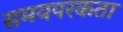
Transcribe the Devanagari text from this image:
समयपरकता